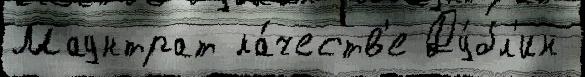
Маунтрат ка́честв'е Ду́бл'ин